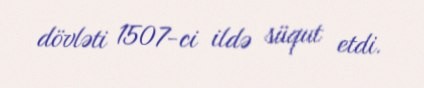
dövləti 1507-ci ildə süqut etdi.